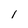
Character: 1